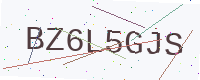
Text: BZ6L5GJS